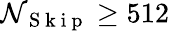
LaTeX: \mathcal{N}_{\mathrm{{~S~k~i~p~}}}\geq512